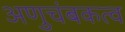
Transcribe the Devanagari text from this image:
अणुचंबकत्व